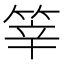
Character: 𥭴